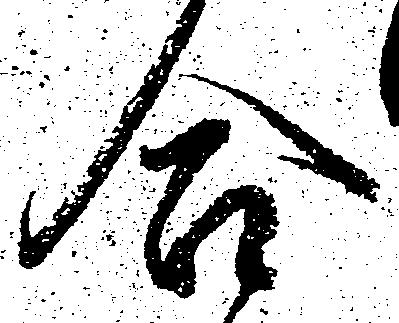
合